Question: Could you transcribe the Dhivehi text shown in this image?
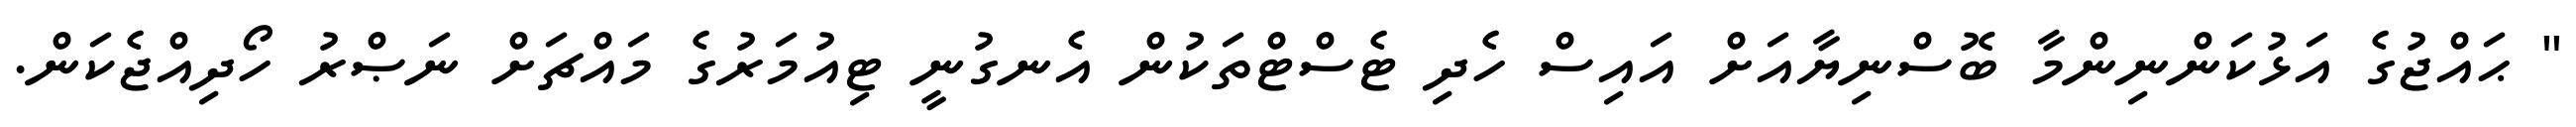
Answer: " ޙައްޖުގެ އަޅުކަންނިންމާ ބޮސްނިޔާއަށް އައިސް ހެދި ޓެސްޓްތަކުން އެނގުނީ ޓިއުމަރުގެ މައްޗަށް ނަޞްރު ހޯދިއްޖެކަން.